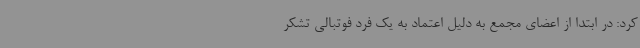
کرد: در ابتدا از اعضای مجمع به دلیل اعتماد به یک فرد فوتبالی تشکر